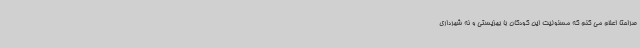
صراحتا اعلام می کنم که مسئولیت این کودکان با بهزیستی و نه شهرداری